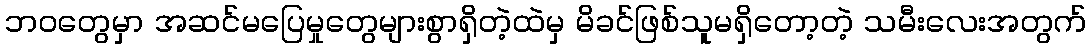
ဘဝတွေမှာ အဆင်မပြေမှုတွေများစွာရှိတဲ့ထဲမှ မိခင်ဖြစ်သူမရှိတော့တဲ့ သမီးလေးအတွက်